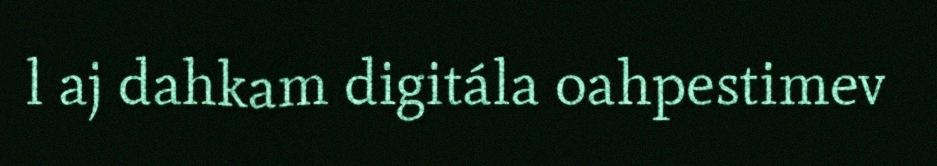
l aj dahkam digitála oahpestimev